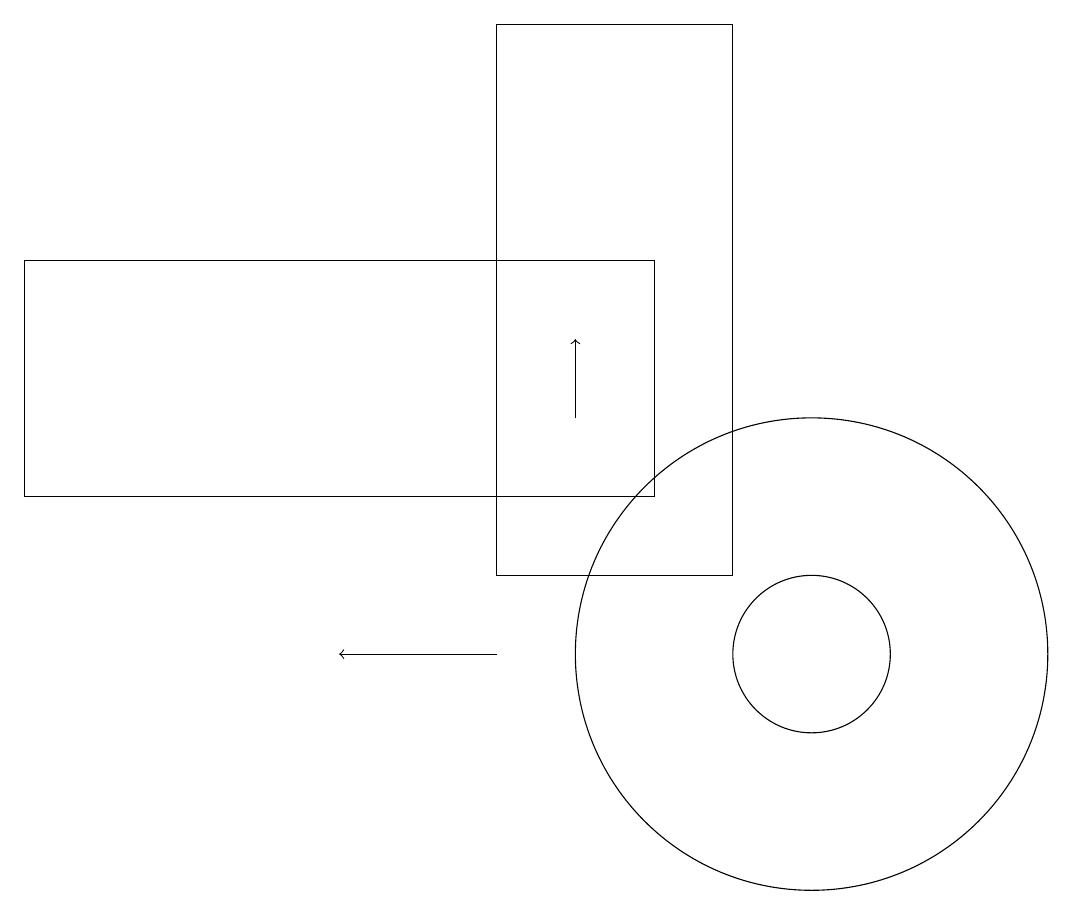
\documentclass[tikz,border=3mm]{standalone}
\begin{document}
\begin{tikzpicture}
\draw (9,11) rectangle (6,18);
\draw[->] (6,10) -- (4,10);
\draw (0,15) rectangle (8,12);
\draw[->] (7,13) -- (7,14);
\draw (10,10) circle (1);
\draw (10,10) circle (3);
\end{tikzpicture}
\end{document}